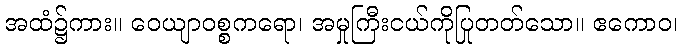
အထံ၌ကား။ ဝေယျာဝစ္စကရော၊ အမှုကြီးငယ်ကိုပြုတတ်သော။ ဧကောဝ၊